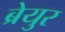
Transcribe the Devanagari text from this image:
ब्रेयुर